Annual administration and progress report of the Indian Medical Department, Bombay
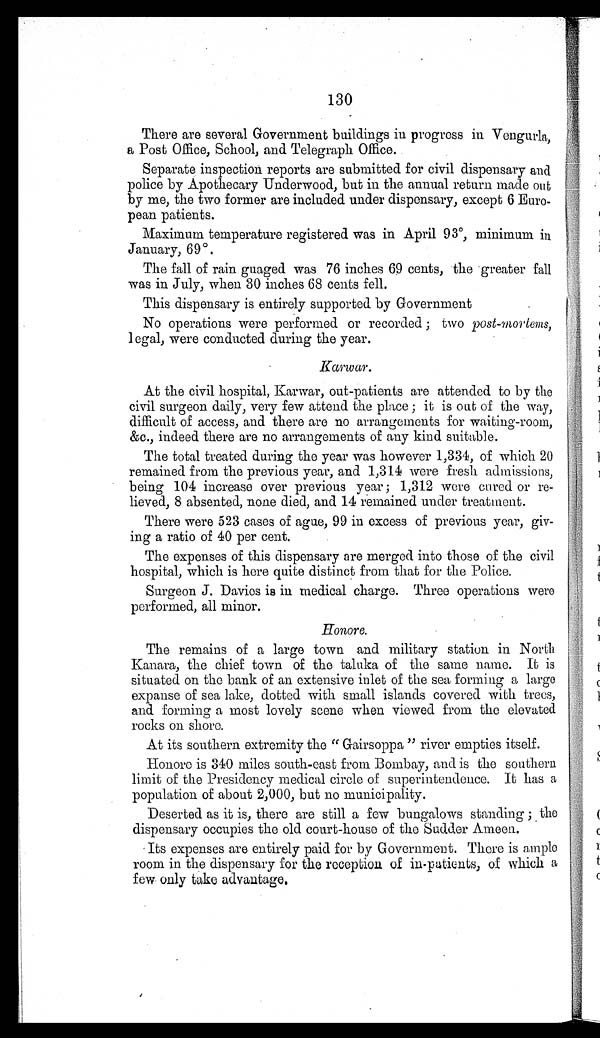
130
There are several Government buildings in progress in Vengurla,
a Post Office, School, and Telegraph Office..
Separate inspection reports are submitted for civil dispensary and
police by Apothecary Underwood, but in the annual return made out
by me, the two former are included under dispensary, except 6 Euro-
pean patients.
Maximum temperature registered was in April 93°, minimum in
January, 69°.
The fall of rain guaged was 76 inches 69 cents, the greater fall
was in July, when 30 inches 68 cents fell.
This dispensary is entirely supported by Government
No operations were performed or recorded ; two post-mortems,
1 egal, were conducted during the year.
K a r w a r .
At the civil hospital, Karwar, out-patients are attended to by the
civil surgeon daily, very few attend the place ; it is out of the way,
difficult of access, and there are no arrangements for waiting-room,
&c., indeed there are no arrangements of any kind suitable.
The total treated during the year was however 1,334, of which 20
remained from the previous year, and 1,314 were fresh admissions,
being 104 increase over previous year; 1,312 were cured or re-
lieved, 8 absented, none died, and 14 remained under treatment.
There were 523 cases of ague, 99 in excess of previous year, giv-
ing a ratio of 40 per cent.
The expenses of this dispensary are merged into those of the civil
hospital, which is here quite distinct from that for the Police.
Surgeon J. Davies is in medical charge. Three operations were
performed, all minor.
Honore.
The remains of a large town and military station in North
Kanara, the chief town of the taluka of the same name. It is
situated on the bank of an extensive inlet of the sea forming a largo
expanse of sea lake, dotted with small islands covered with trees,
and forming a most lovely scene when viewed from the elevated
rocks on shore.
At its southern extremity the " Gairsoppa " river empties itself.
Honore is 340 miles south-east from Bombay, and is the southern
limit of the Presidency medical circle of superintendence. It has a
population of about 2,000, but no municipality.
Deserted as it is, there are still a few bungalows standing ; the
dispensary occupies the old court-house of the Sudder Ameen.
Its expenses are entirely paid for by Government. There is ample
room in the dispensary for the reception of in-putients, of which a
few only take advantage.